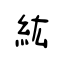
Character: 紘